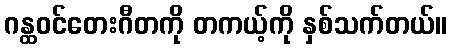
ဂန္ထဝင်တေးဂီတကို တကယ့်ကို နှစ်သက်တယ်။